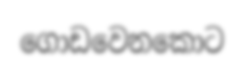
ගොඩවෙනකොට